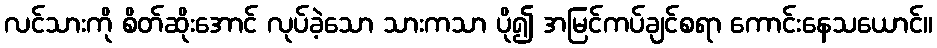
လင်သားကို စိတ်ဆိုးအောင် လုပ်ခဲ့သော သားကသာ ပို၍ အမြင်ကပ်ချင်စရာ ကောင်းနေသယောင်။